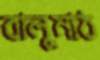
বালুমাঠ